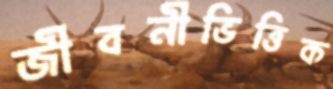
জীবনীভিত্তিক